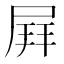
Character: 𡲄